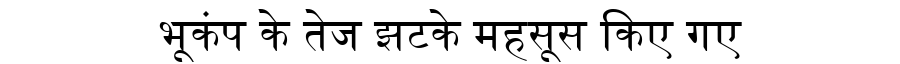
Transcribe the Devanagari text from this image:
भूकंप के तेज झटके महसूस किए गए